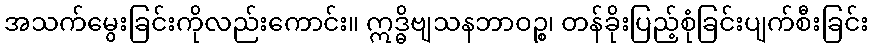
အသက်မွေးခြင်းကိုလည်းကောင်း။ ဣဒ္ဓိဗျသနဘာဝဉ္စ၊ တန်ခိုးပြည့်စုံခြင်းပျက်စီးခြင်း